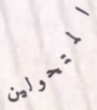
المتحولين